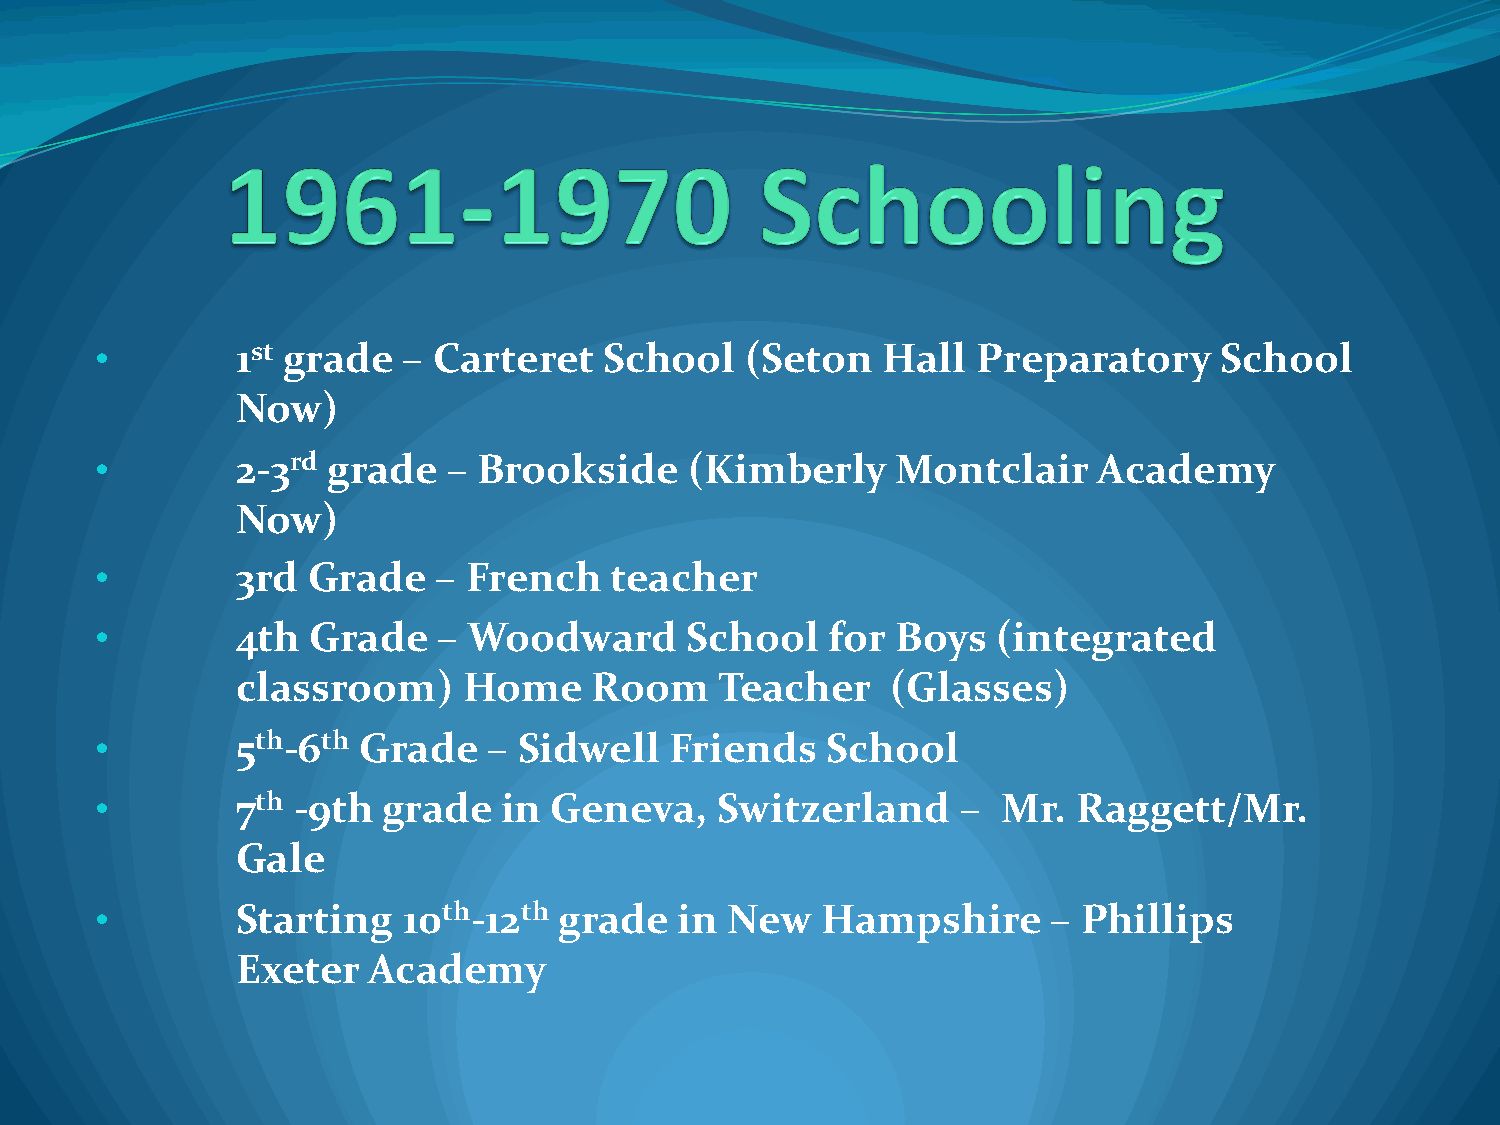
•         1st grade  – Carteret   School   (Seton   Hall   Preparatory     School
 Now)
 •         2-3rd grade   – Brookside     (Kimberly    Montclair     Academy
 Now)
 •         3rd Grade    – French   teacher
 •         4th Grade    – Woodward      School    for Boys   (integrated
 classroom)     Home    Room     Teacher    (Glasses)
 •         5th-6th Grade   – Sidwell   Friends    School
 •         7th -9th grade   in Geneva,     Switzerland     – Mr.  Raggett/Mr.
 Gale
 •         Starting   10th-12th grade   in New   Hampshire       – Phillips
 Exeter  Academy